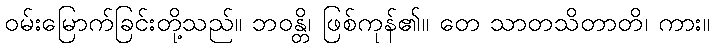
ဝမ်းမြောက်ခြင်းတို့သည်။ ဘဝန္တိ၊ ဖြစ်ကုန်၏။ တေ သာတသိတာတိ၊ ကား။